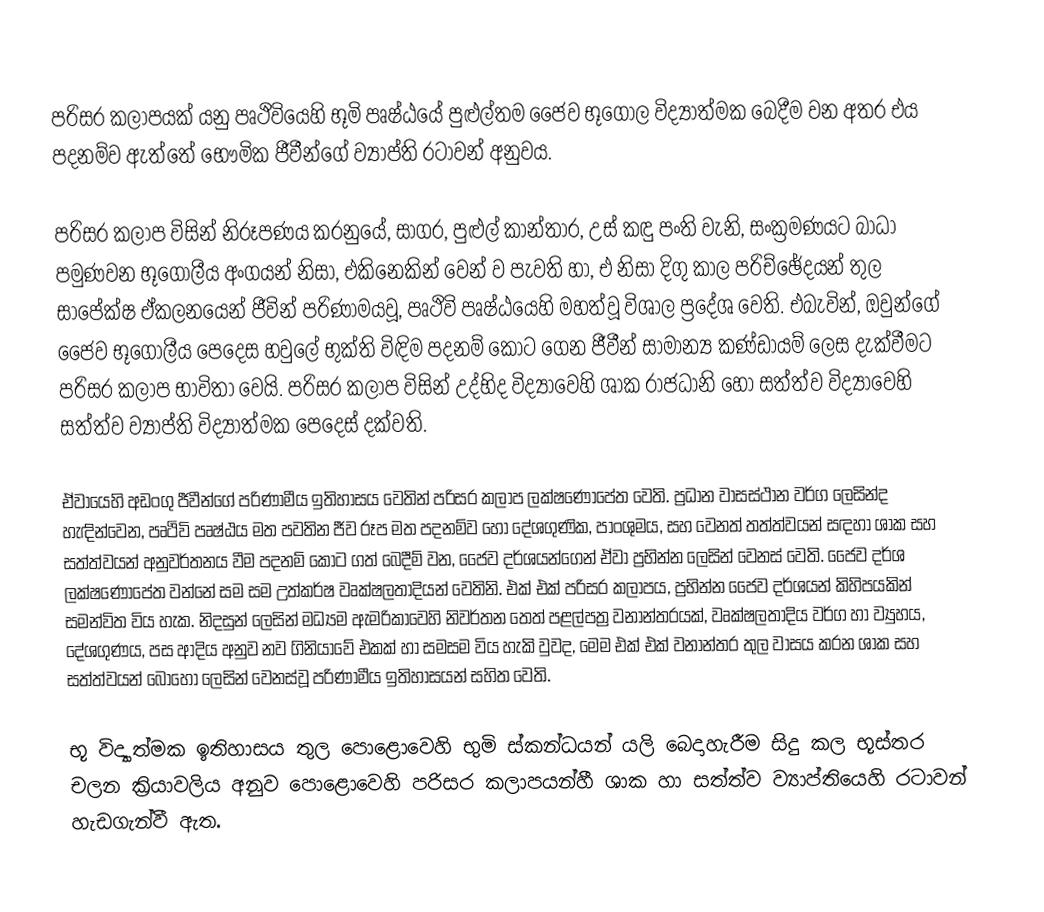
පරිසර කලාපයක් යනු පෘථිවියෙහි භූමි පෘෂ්ඨයේ පුළුල්තම ජෛව භූගෝල විද්‍යාත්මක බෙදීම වන අතර එය පදනම්ව ඇත්තේ භෞමික ජීවීන්ගේ ව්‍යාප්ති රටාවන් අනුවය.

පරිසර කලාප විසින් නිරූපණය කරනුයේ, සාගර, පුළුල් කාන්තාර, උස් කඳු පංති වැනි, සංක්‍රමණයට බාධා පමුණවන භූගෝලීය අංගයන් නිසා, එකිනෙකින් වෙන් ව පැවති හා, එ නිසා  දිගු  කාල පරිච්ඡේදයන් තුල සාපේක්ෂ ඒකලනයෙන් ජීවින් පරිණාමයවූ, පෘථිවි පෘෂ්ඨයෙහි මහත්වූ විශාල ප්‍රදේශ වෙති. එබැවින්, ඔවුන්ගේ ජෛව භූගෝලීය පෙදෙස හවුලේ භුක්ති විඳිම පදනම් කොට ගෙන ජීවීන්  සාමාන්‍ය කණ්ඩායම් ලෙස දැක්වීමට පරිසර කලාප  භාවිතා වෙයි.  පරිසර කලාප විසින් උද්භිද විද්‍යාවෙහි   ශාක රාජධානි හෝ සත්ත්ව විද්‍යාවෙහි  සත්ත්ව ව්‍යාප්ති විද්‍යාත්මක පෙදෙස් දක්වති.

ඒවායෙහි අඩංගු ජීවීන්ගේ පරිණාමීය ඉතිහාසය වෙතින් පරිසර කලාප ලක්ෂ‍ණෝපේත වෙති. ප්‍රධාන වාසස්ථාන වර්ග ලෙසින්ද හැඳින්වෙන,  පෘථිවි පෘෂ්ඨය මත පවතින ජීව රූප මත පදනම්ව හෝ දේශගුණික, පාංශුමය, සහ වෙනත් තත්ත්වයන් සඳහා ශාක සහ සත්ත්වයන් අනුවර්තනය වීම  පදනම් කොට ගත් බෙදීම් වන, ජෛව දර්ශයන්ගෙන් ඒවා ප්‍රභින්න ලෙසින් වෙනස් වෙති. ජෛව දර්ශ ලක්ෂණෝපේත වන්නේ සම සම  උත්කර්ෂ වෘක්ෂලතාදියන් වෙතිනි. එක් එක් පරිසර කලාපය, ප්‍රභින්න ජෛව දර්ශයන් කිහිපයකින් සමන්විත විය හැක. නිදසුන් ලෙසින් මධ්‍යම ඇමරිකාවෙහි නිවර්තන තෙත් පළල්පත්‍ර වනාන්තරයක්, වෘක්ෂලතාදිය වර්ග හා ව්‍යුහය, දේශගුණය, පස ආදිය අනුව නව ගිනියාවේ එකක් හා  සමසම විය හැකි වුවද, මෙම එක් එක් වනාන්තර තුල වාසය කරන ශාක සහ සත්ත්වයන් බොහෝ ලෙසින් වෙනස්වූ  පරිණාමීය ඉතිහාසයන් සහිත වෙති.

භූ විද්‍යාත්මක ඉතිහාසය තුල පොළොවෙහි භුමි ස්කන්ධයන් යලි බෙදාහැරීම සිදු කල භූස්තර චලන ක්‍රියාවලිය අනුව පොළොවෙහි පරිසර කලාපයන්හී ශාක හා සත්ත්ව ව්‍යාප්තියෙහි රටාවන්  හැඩගැන්වී ඇත.